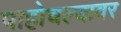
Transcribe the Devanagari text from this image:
पाहोचल्यावर